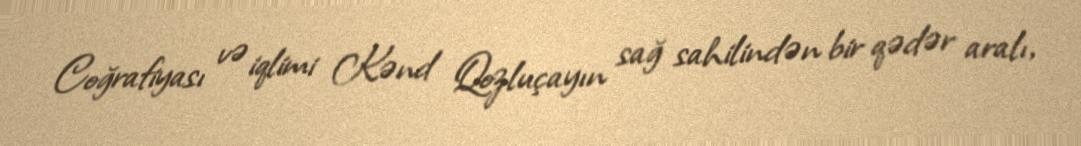
Coğrafiyası və iqlimi Kənd Qozluçayın sağ sahilindən bir qədər aralı,